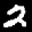
Label: 2